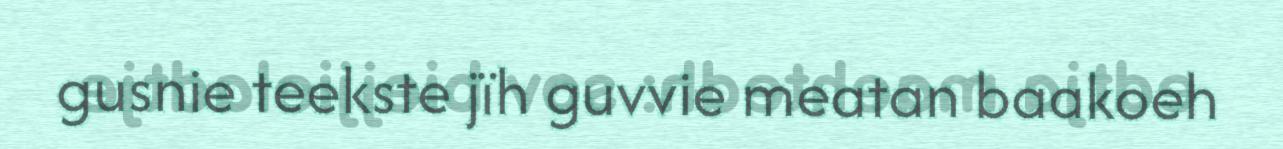
gusnie teekste jïh guvvie meatan baakoeh